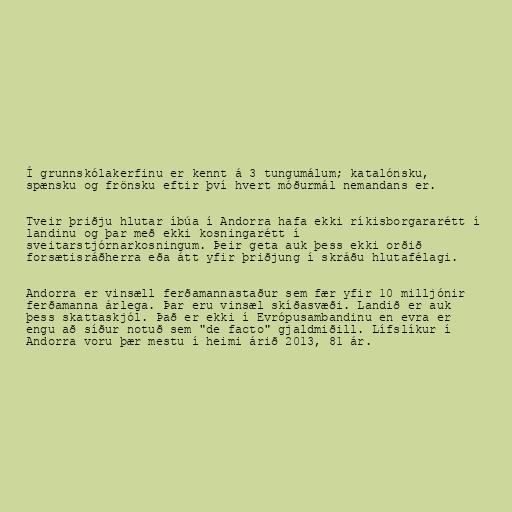
Í grunnskólakerfinu er kennt á 3 tungumálum; katalónsku,
spænsku og frönsku eftir því hvert móðurmál nemandans er.

Tveir þriðju hlutar íbúa í Andorra hafa ekki ríkisborgararétt í
landinu og þar með ekki kosningarétt í
sveitarstjórnarkosningum. Þeir geta auk þess ekki orðið
forsætisráðherra eða átt yfir þriðjung í skráðu hlutafélagi.

Andorra er vinsæll ferðamannastaður sem fær yfir 10 milljónir
ferðamanna árlega. Þar eru vinsæl skíðasvæði. Landið er auk
þess skattaskjól. Það er ekki í Evrópusambandinu en evra er
engu að síður notuð sem "de facto" gjaldmiðill. Lífslíkur í
Andorra voru þær mestu í heimi árið 2013, 81 ár.